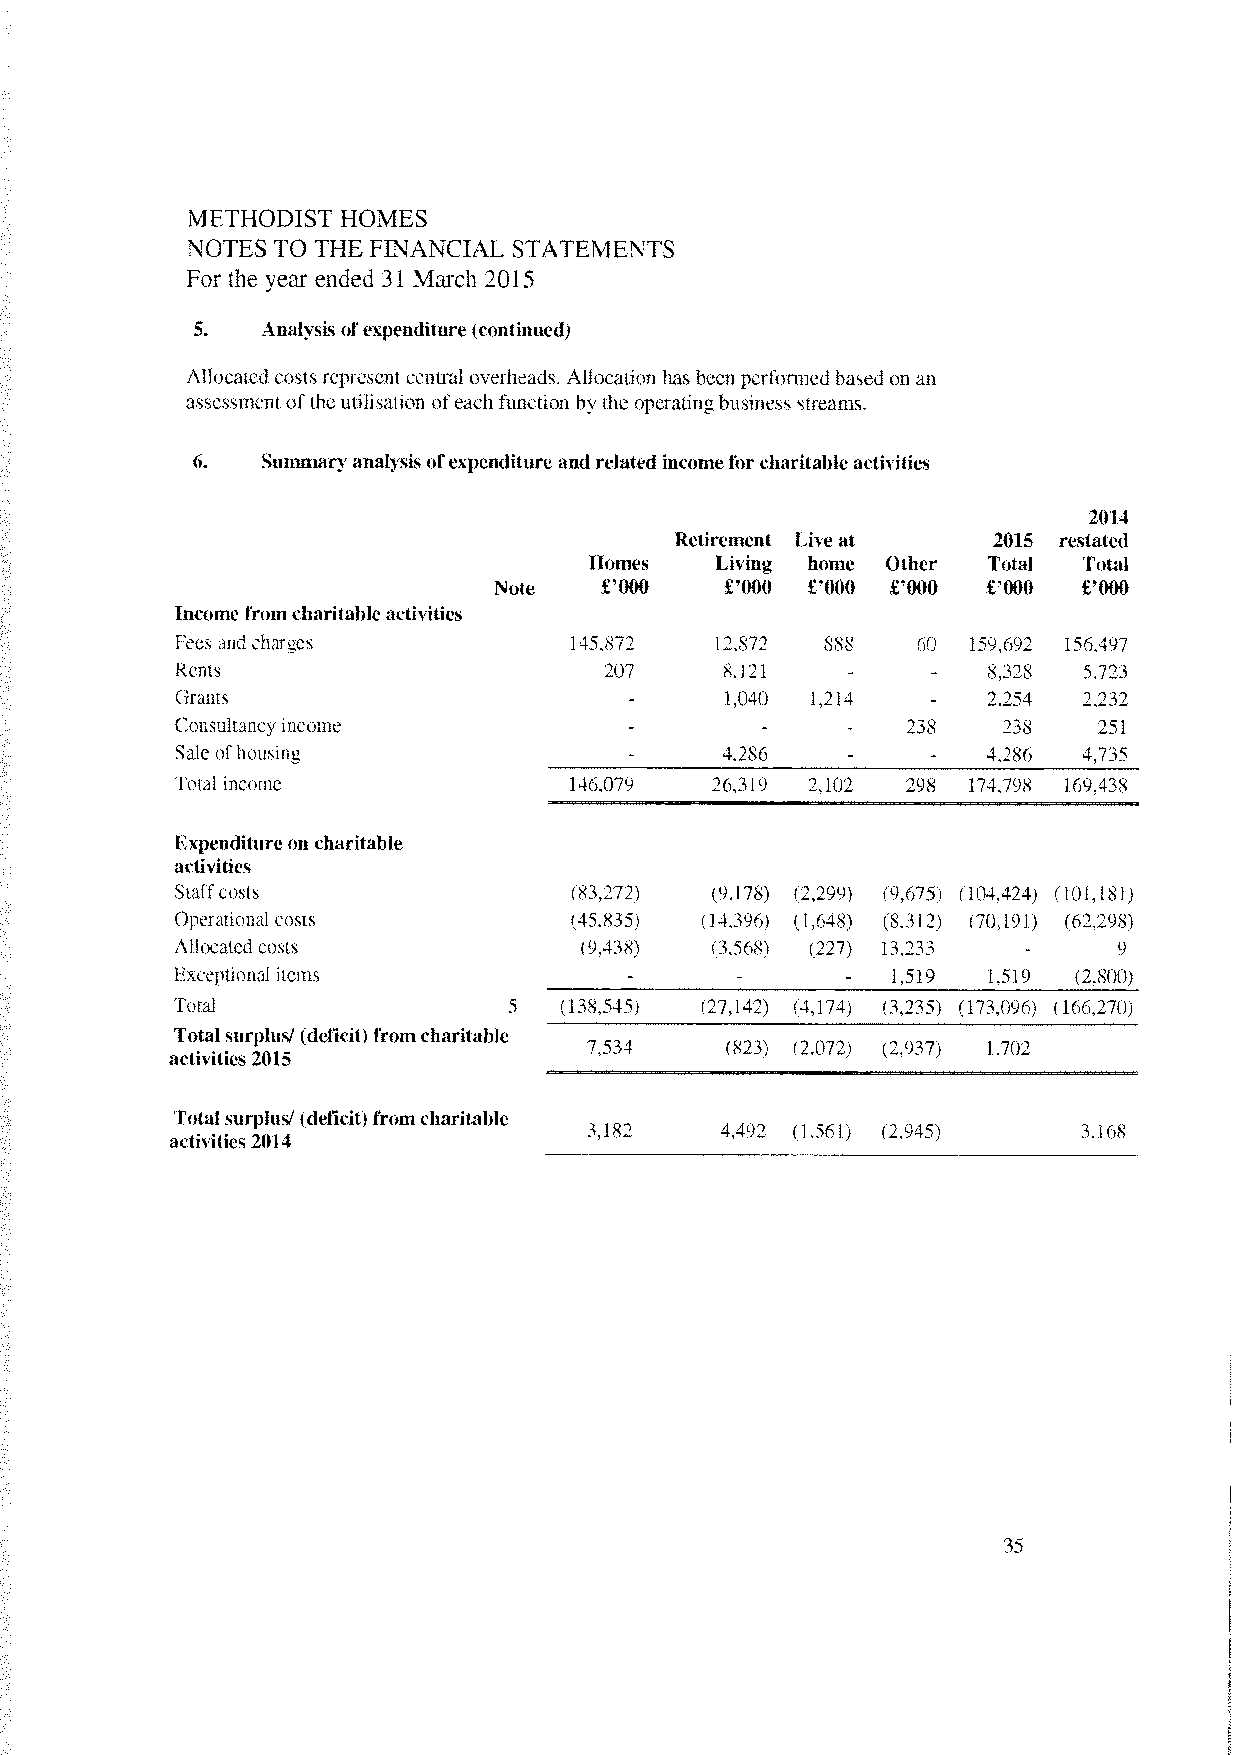
METHODIST  HOMES
 NOTES TO THE FINANCIAL STATEMENTS
 For the year ended 31 March 2015
 5.  Analysis ofexpenditure (continued)
 Allocated costs represent central overheads. Allocation has been performed based on an
 assessment ofthe utilisation ofeach function by the operatingbusiness streams.
 6.  Summary analysisofexpenditure and related incomeforcharitable activities
 2014
 Retirement Live at   2915 restated
 Homes   Living home Other Total  Total
 Note   £‘009   £‘OOO £‘OOO £‘000 £‘099 £‘OOO
 Income from charitableactivities
 Fees and charges          145.872  12,872  888   60 159.692 156.497
 Rents                       207     8,121            8,328  5.723
 -     -
 Grants                              1.040 1.214      2.254  2.232
 -                   -
 Consultancv income                              238   238    251
 Sale ofhousing                      4.286            4,286  4.735
 -             -     -
 Total income              146.079  26,319 2.102 298 174.798 169.438
 Expenditureon charitable
 actiiitics
 Staffcosts                (83.272) (9.178) (2.299) (9.675) ( 104.424) (101.181)
 Operational costs         (45.835) (14,396) (1.648) (8.312) (70,191) (62.298)
 Allocatedcosts            (9.438)  (3,568) (227) 13,233       9
 -
 Exceptional items                              1,519 1,519 (2.800)
 -      -      -
 Total                 c  (138,545) (27,142) (4,174) (3,235) (173.096) (166.270)
 Total surplus/ (deficit) fromcharitable
 7,534    (823) (2,072) (2.937) 1,702
 activities 2015
 Totalsurplus/ (deficit) fromcharitable
 3.162    4.492 (1,561) (2,945)   3.16$
 activities2014
 35